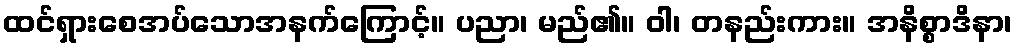
ထင်ရှားစေအပ်သောအနက်ကြောင့်။ ပညာ၊ မည်၏။ ဝါ၊ တနည်းကား။ အနိစ္စာဒိနာ၊